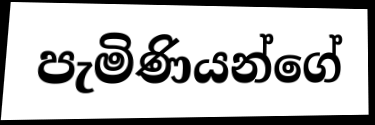
පැමිණියන්ගේ